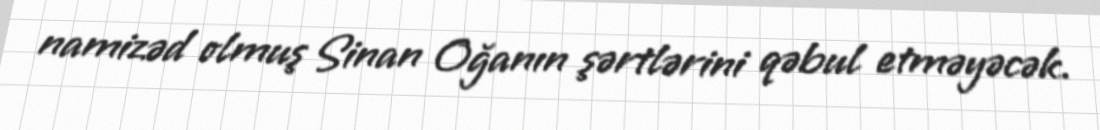
namizəd olmuş Sinan Oğanın şərtlərini qəbul etməyəcək.